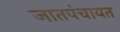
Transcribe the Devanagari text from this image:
जातपंचायत